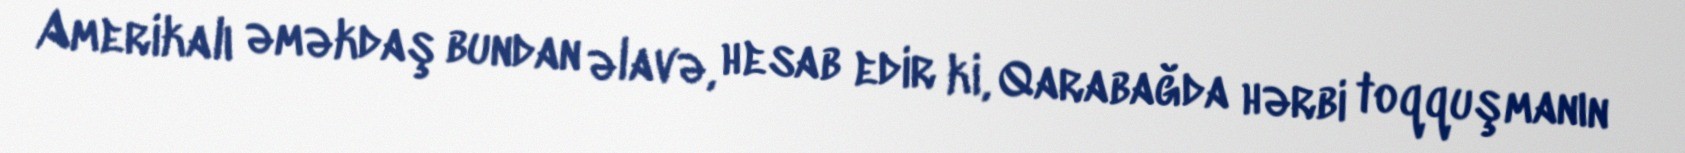
Amerikalı əməkdaş bundan əlavə, hesab edir ki, Qarabağda hərbi toqquşmanın